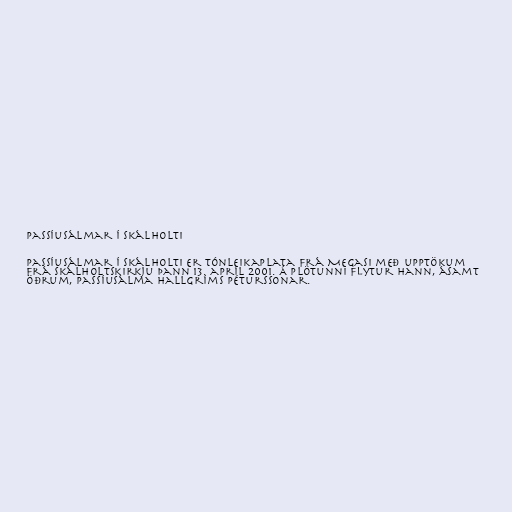
Passíusálmar í Skálholti

Passíusálmar í Skálholti er tónleikaplata frá Megasi með upptökum
frá Skálholtskirkju þann 13. apríl 2001. Á plötunni flytur hann, ásamt
öðrum, Passíusálma Hallgríms Péturssonar.